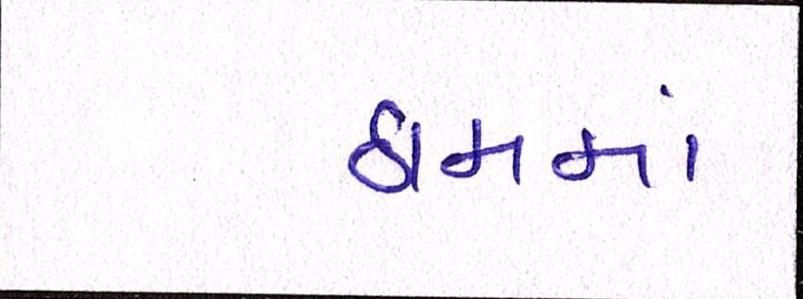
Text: ઠામમાં